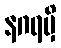
နဂရမှိ